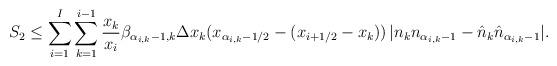
LaTeX: \begin{align*}S_2 \leq \sum_{i= 1}^I \sum_{k=1}^{i-1} \frac{x_k}{x_i}\beta_{\alpha_{i,k}-1,k} \Delta x_k (x_{\alpha_{i,k}-1/2} - (x_{i+1/2}-x_k))\, |n_k n_{\alpha_{i,k}-1}-\hat{n}_k \hat{n}_{\alpha_{i,k}-1}|.\end{align*}